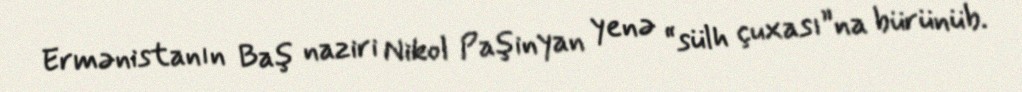
Ermənistanın Baş naziri Nikol Paşinyan yenə “sülh çuxası”na bürünüb.